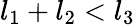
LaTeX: l_{1}+l_{2}<l_{3}